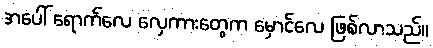
အပေါ် ရောက်လေ လှေကားတွေက မှောင်လေ ဖြစ်လာသည်။